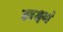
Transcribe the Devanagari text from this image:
लक्ष्यं